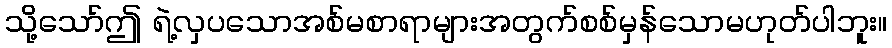
သို့သော်ဤ ရဲ့လှပသောအစ်မစာရာများအတွက်စစ်မှန်သောမဟုတ်ပါဘူး။